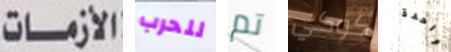
الأزمات للحرب تم كوكي واحدة